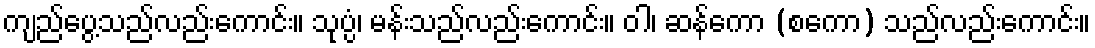
ကျည်ပွေ့သည်လည်းကောင်း။ သုပ္ပံ၊ မန်းသည်လည်းကောင်း။ ဝါ၊ ဆန်ကော (စကော) သည်လည်းကောင်း။